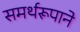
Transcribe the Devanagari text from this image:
समर्थरूपाने